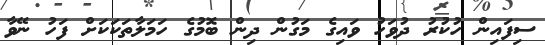
ސިފައިން ހުކުރު ދުވަހު ވައިގެ މަގުން ދިން ބޮމުގެ ހަމަލާތަކަކަށް ފަހު ނޭވާ